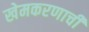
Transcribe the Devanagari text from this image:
खेमकरणाची